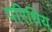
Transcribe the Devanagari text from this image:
परिधिय